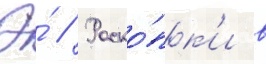
Э́ // Раско́пк'и в